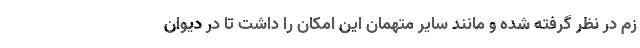
زم در نظر گرفته شده و مانند سایر متهمان این امکان را داشت تا در دیوان